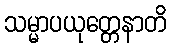
သမ္မာပယုတ္တေနာတိ